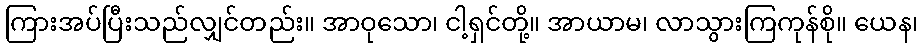
ကြားအပ်ပြီးသည်လျှင်တည်း။ အာဝုသော၊ ငါ့ရှင်တို့။ အာယာမ၊ လာသွားကြကုန်စို။ ယေန၊